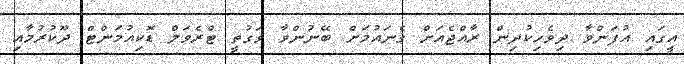
އީގައި އުފަންވާ ދިވެހިކުދިން ރާއްޖެއަށް ގެނައުމަށް ބޭނުންވާ ވަގުތީ ޓްރެވަލް ޑޮކިއުމަންޓް ދޫކުރުމާއި